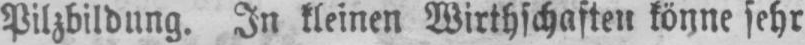
Pilzbildung. In kleinen Wirthschaften könne sehr